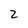
Character: 2